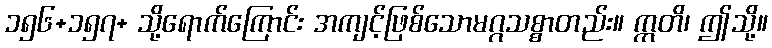
၁၅၆+၁၅၇+ သို့ရောက်ကြောင်း အကျင့်ဖြစ်သောမဂ္ဂသစ္စာတည်း။ ဣတိ၊ ဤသို့။